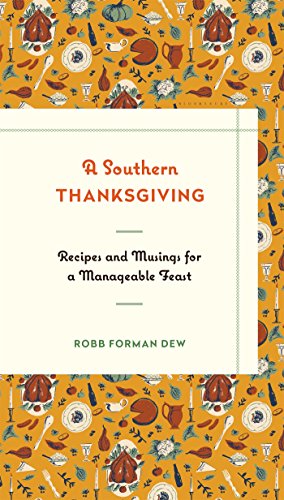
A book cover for A Southern Thanksgiving: Recipes and Musings for a Manageable Feast; Robb Forman Dew; Cookbooks, Food & Wine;